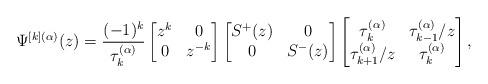
LaTeX: \begin{gather*}\Psi^{[k](\alpha)}(z)=\frac{(-1)^k}{\tau_{k}^{(\alpha)}}\begin{bmatrix} z^{k}&0\\0&z^{-k}\end{bmatrix}\begin{bmatrix} S^{+}(z)&0\\0&S^{-}(z)\end{bmatrix}\begin{bmatrix} \tau_{k}^{(\alpha)}& \tau_{k-1}^{(\alpha)}/z\\ \tau_{k+1}^{(\alpha)}/z& \tau_{k}^{(\alpha)}\end{bmatrix},\end{gather*}